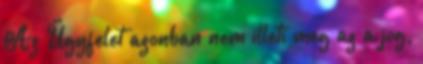
Az Ügyfelet azonban nem illeti meg az a jog,